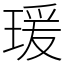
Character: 瑗